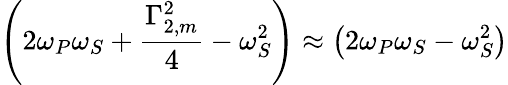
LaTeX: \left(2\omega_{P}\omega_{S}+\frac{\Gamma_{2,m}^{2}}{4}-\omega_{S}^{2}\right)\approx\left(2\omega_{P}\omega_{S}-\omega_{S}^{2}\right)